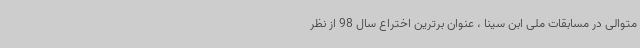
متوالی در مسابقات ملی ابن سینا ، عنوان برترین اختراع سال 98 از نظر